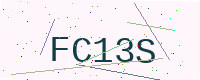
Text: FC13S